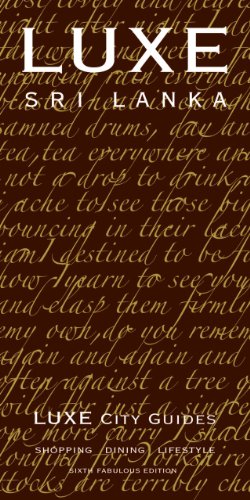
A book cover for LUXE Sri Lanka (LUXE City Guides); LUXE City Guides; Travel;